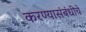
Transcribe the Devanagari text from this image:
करण्यासंबंधीचे